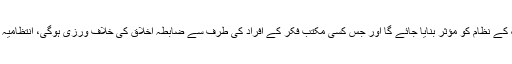
ضابطہ اخلاق کی عملی نفاذ کے لیے مانیٹرنگ کے نظام کو مؤثر بنایا جائے گا اور جس کسی مکتب فکر کے افراد کی طرف سے ضابطہ اخلاق کی خلاف ورزی ہوگی، انتظامیہ ان افراد کے خلاف قانونی کارروائی کرے گی ۔